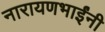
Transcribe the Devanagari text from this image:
नारायणभाईंनी